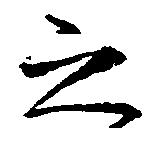
之